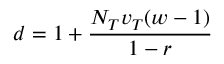
d = 1 + \frac { N _ { T } v _ { T } ( w - 1 ) } { 1 - r }